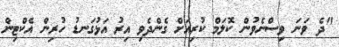
"ދެ ވަނަ ވިސްނެވުން ކޮލަމް ކުރިއަށް ގެންދެވި އިރު އަޅުގަނޑު ހުރިން އެކްޓިން